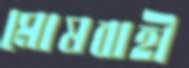
মোষবাহী